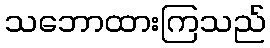
သဘောထားကြသည်